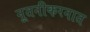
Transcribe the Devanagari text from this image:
नूतनीकरनात